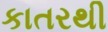
કાતરથી